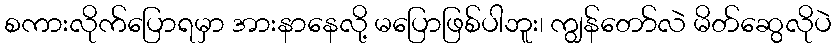
စကားလိုက်ပြောရမှာ အားနာနေလို့ မပြောဖြစ်ပါဘူး၊ ကျွန်တော်လဲ မိတ်ဆွေလိုပဲ